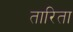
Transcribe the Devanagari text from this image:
तारिता